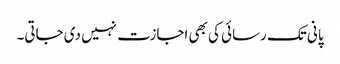
پانی تک رسائی کی بھی اجازت نہیں دی جاتی۔